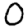
Digit: 0